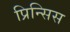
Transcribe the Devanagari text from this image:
प्रिन्सिस